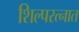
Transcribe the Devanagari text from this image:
शिल्परत्नात